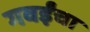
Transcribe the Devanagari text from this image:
गवईंचा